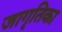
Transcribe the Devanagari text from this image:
जागृतिका